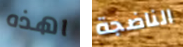
اهذه الناضجة